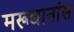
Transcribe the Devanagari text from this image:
मरूद्यानांस